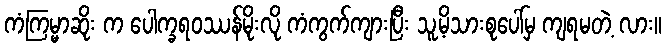
ကံကြမ္မာဆိုး က ပေါက္ခရဝဿန်မိုးလို ကံကွက်ကျားပြီး သူ့မိသားစုပေါ်မှ ကျရမတဲ့ လား။